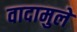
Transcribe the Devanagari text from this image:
वादामुले